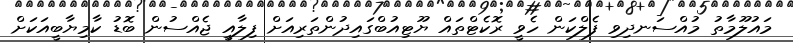
މައުލޫމާތު މުއްސަނދިވި ފެލްކަން ހެވީ ރޮކެޓްތައް ޔޫޓިއުބްގައިދުންތަރިއަށް ފިލާއީ ޖެއްސުން ބޮޑު ކާމިޔާބީއަކަށް